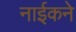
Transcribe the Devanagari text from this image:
नाईकने